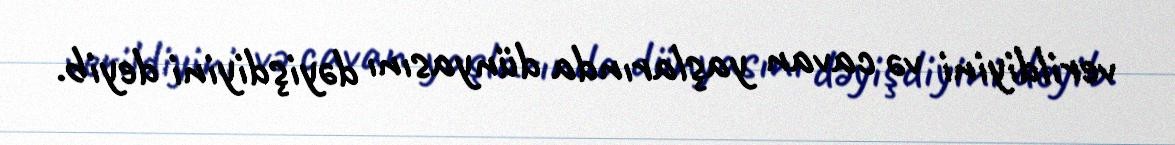
verildiyini və cavan yaşlarında dünyasını dəyişdiyini deyib.